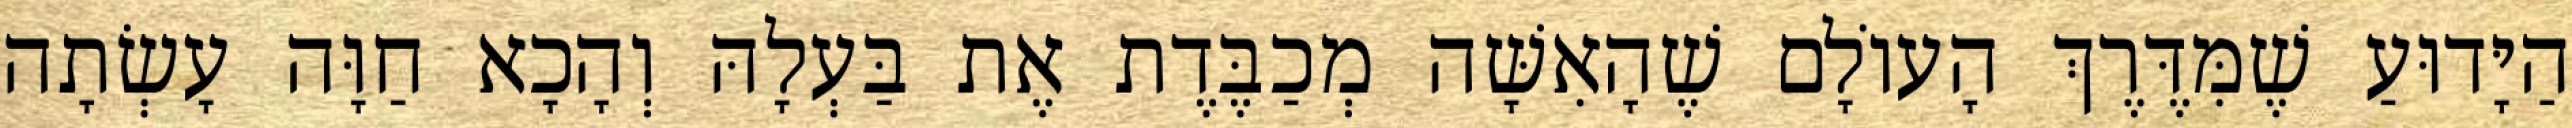
הַיָּדוּעַ שֶׁמִּדֶּרֶךְ הָעוֹלָם שֶׁהָאִשָּׁה מְכַבֶּדֶת אֶת בַּעְלָהּ וְהָכָא חַוָּה עָשְׂתָה